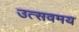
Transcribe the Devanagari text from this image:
उत्सवमय